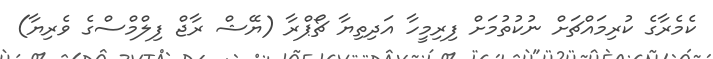
ކެމެރާގެ ކުރިމައްޗަށް ނުކުތުމަށް ފިރިމީހާ އަދިތިޔާ ޗޯޕްރާ (ޔޭޝް ރާޖް ފިލްމްސްގެ ވެރިޔާ)